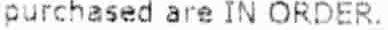
PURCHASED ARE IN ORDER.